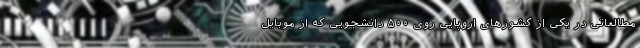
مطالعاتی در یکی از کشورهای اروپایی روی ۵۰۰ دانشجویی که از موبایل